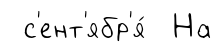
с'ент'ябр'я́ На